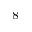
^ 8